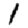
Digit: 1